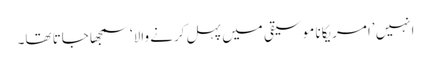
انہیں ’امریکانا موسیقی میں پہل کرنے والا‘ سمجھا جاتا تھا۔